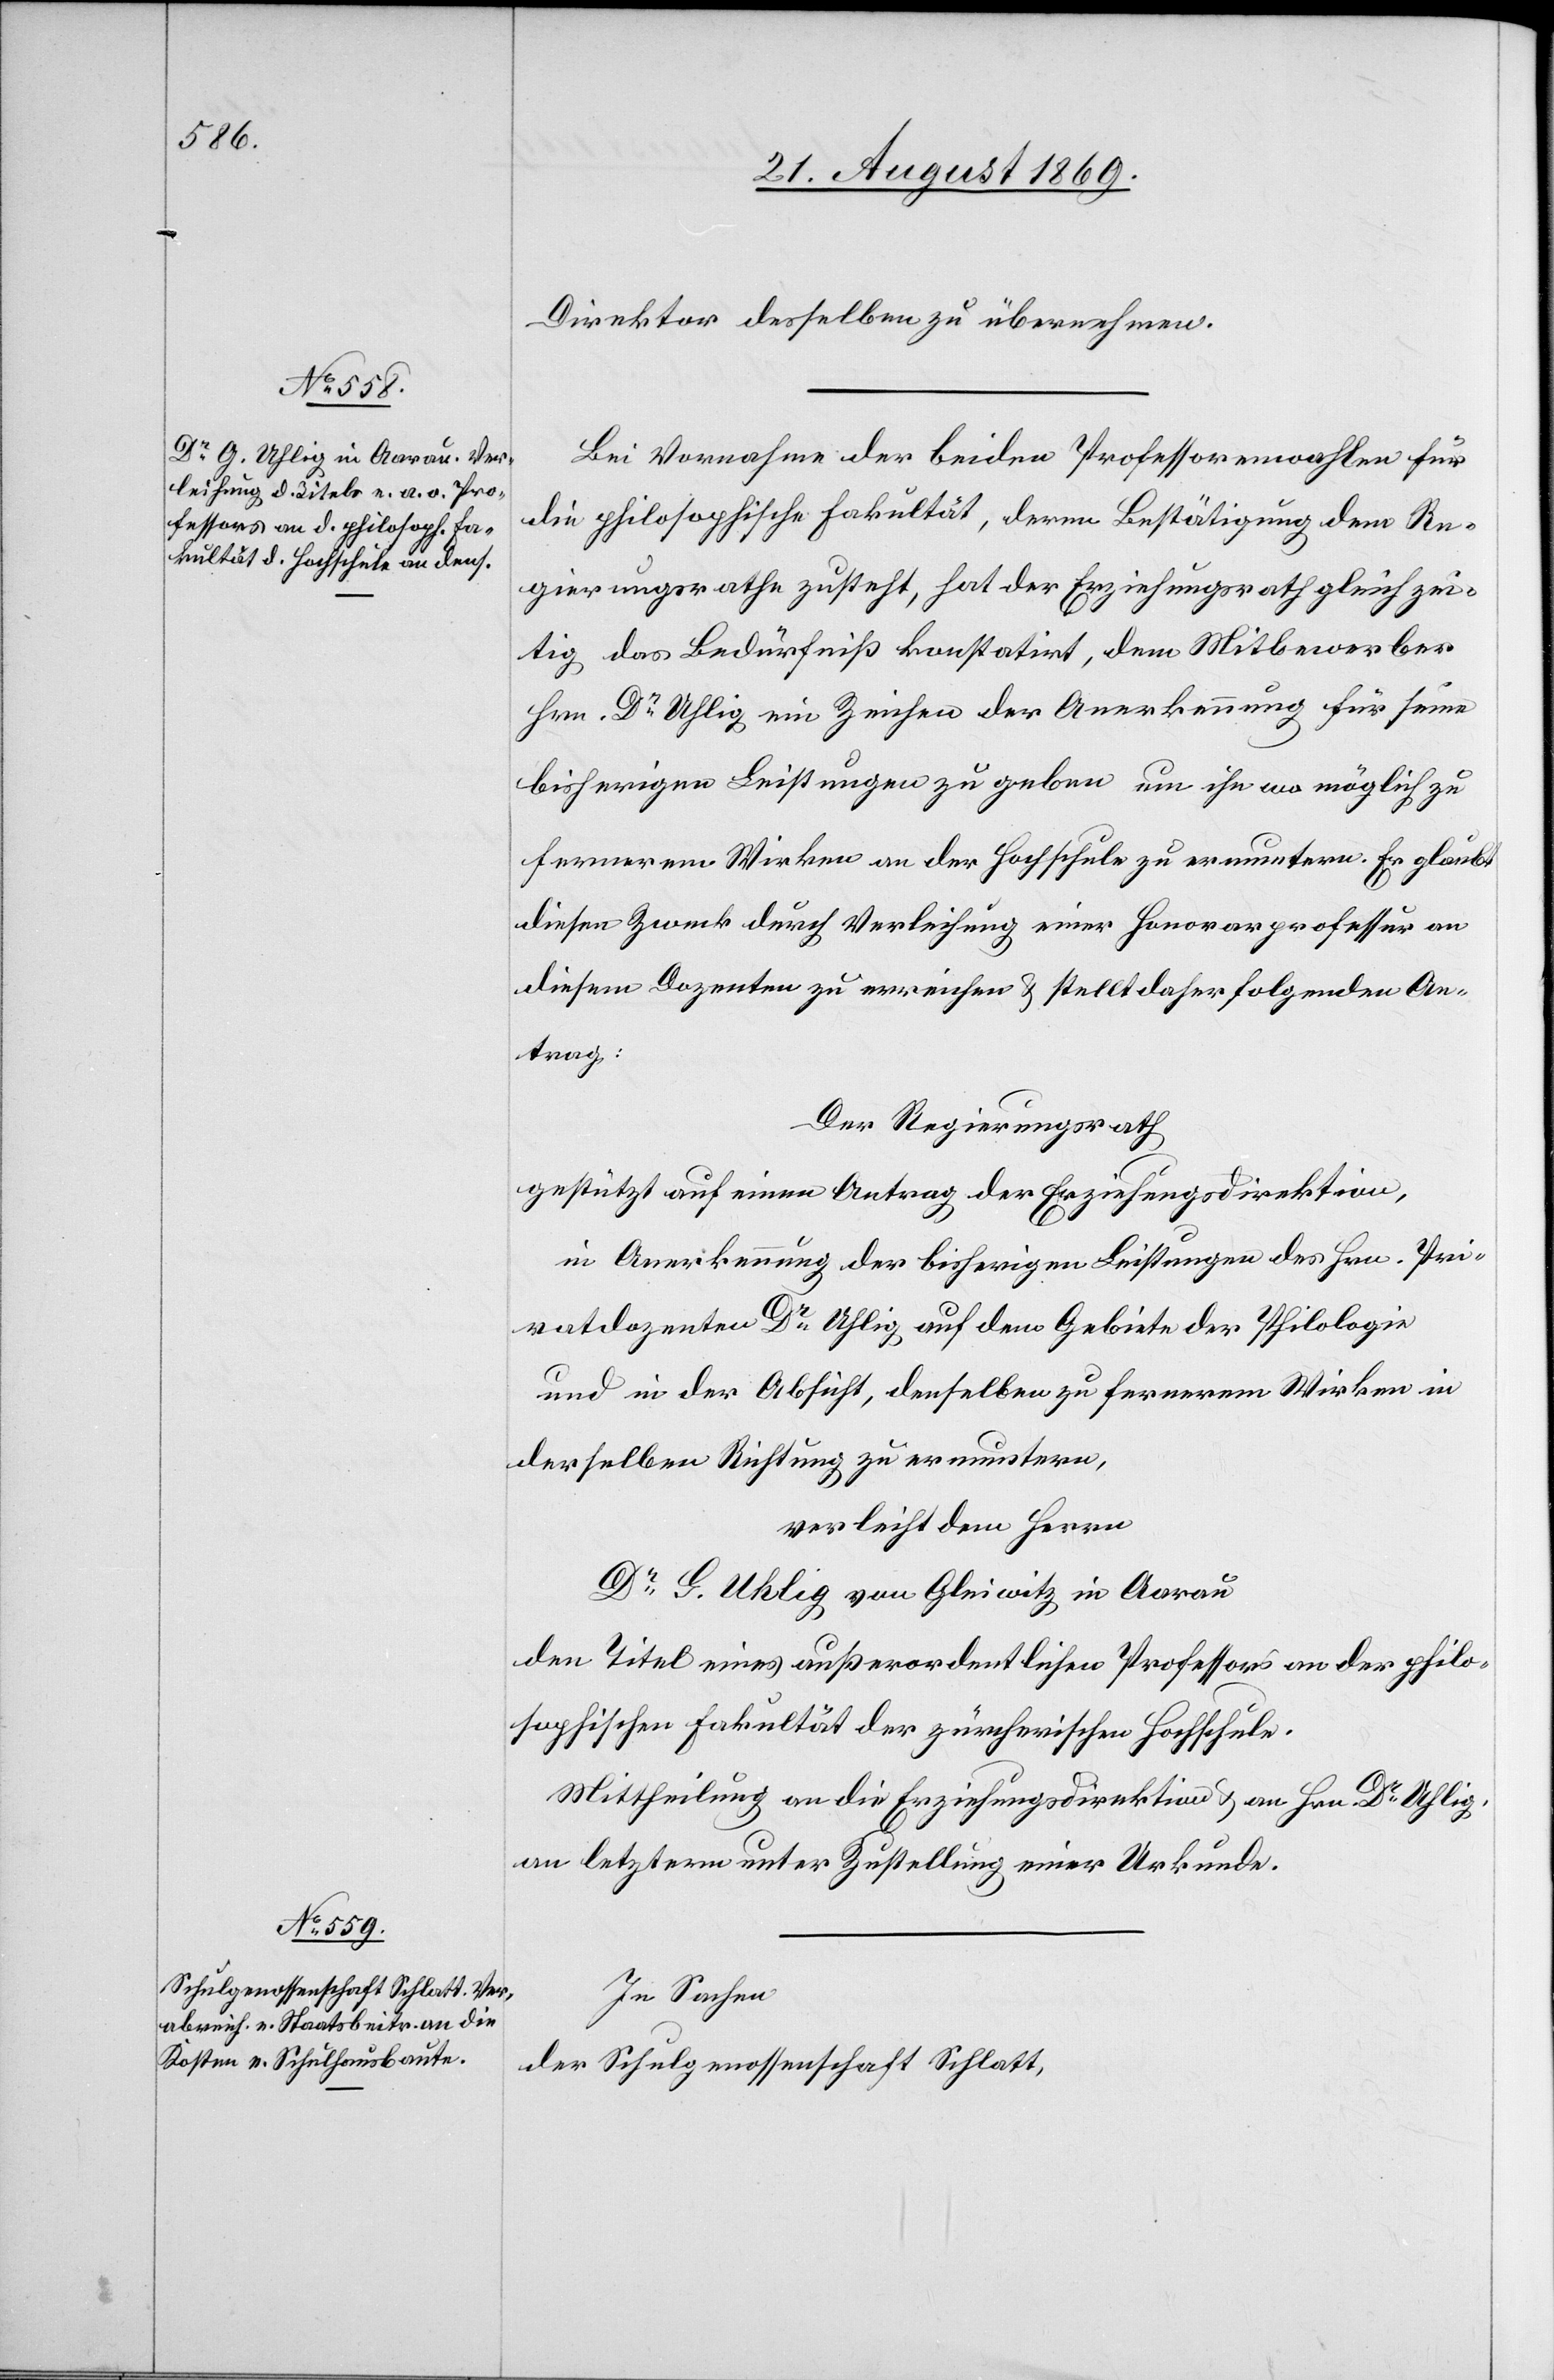
Direktor desselben zu übernehmen.
Bei Vornahme der beiden Professorenwahlen für
die philosophische Fakultät, deren Bestätigung dem Re¬
gierungsrathe zusteht, hat der Erziehungsrath gleichzei¬
tig das Bedürfniß konstatirt, dem Mitbewerber
Hrn. Dr Uhlig ein Zeichen der Anerkennung für seine
bisherigen Leistungen zu geben um ihn wo möglich zu
fernerem Wirken an der Hochschule zu ermuntern. Er glaubt
diesen Zweck durch Verleihung einer Honorarprofessur an
Antrag:
Der Regierungsrath
gestützt auf einen Antrag der Erziehungsdirektion,
in Anerkennung der bisherigen Leistungen des Hrn. Pri¬
vatdozenten Dr Uhlig auf dem Gebiete der Philologie
und in der Absicht, denselben zu fernerem Wirken in
derselben Richtung zu ermuntern,
verleiht dem Herrn
Dr G. Uhlig von Gleiwitz in Aarau
den Titel eines außerordentlichen Professors an der philo¬
sophischen Fakultät der züricherischen Hochschule.
Mittheilung an die Erziehungsdirektion & an Hrn. Dr Uhlig,
an letztern unter Zustellung einer Urkunde.
In Sachen
der Schulgenossenschaft Schlatt,